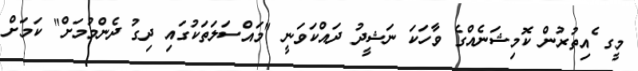
މީގ ެއިތުރުން ކޮމިޝަނެއްގެ ވާހަކަ ނަޝީދު ދައްކަވަނީ "މައްސަލަތަކުގައި ދިގު ދެންމުމަށް" ކަމަށް